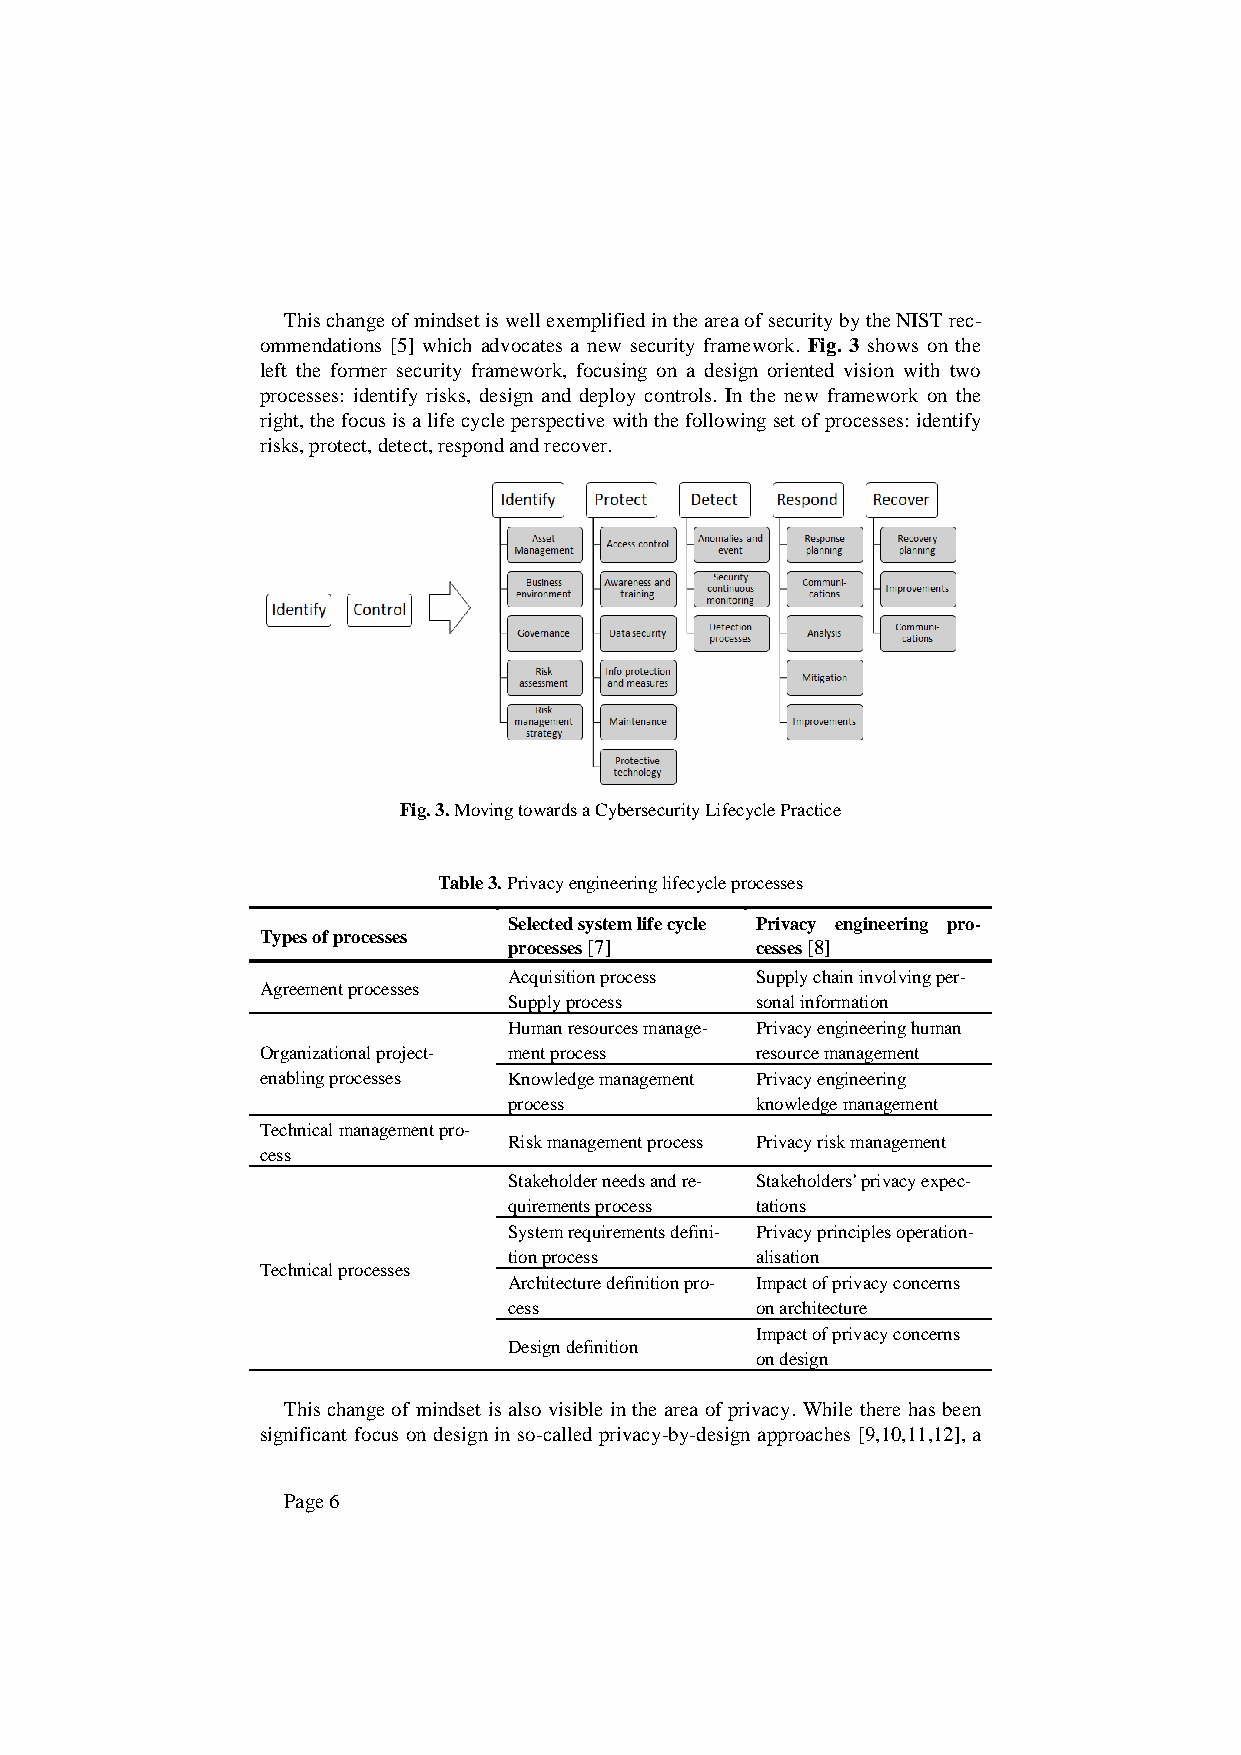
This change of mindset is well exemplified in the area of security by the NIST rec-
 ommendations [5] which advocates a new security framework. Fig. 3 shows on the
 left the former security framework, focusing on a design oriented vision with two
 processes: identify risks, design and deploy controls. In the new framework on the
 right, the focus is a life cycle perspective with the following set of processes: identify
 risks, protect, detect, respond and recover.
 Fig. 3. Moving towards a Cybersecurity Lifecycle Practice
 Table 3. Privacy engineering lifecycle processes
 Selected system life cycle Privacy engineering pro-
 Types of processes
 processes [7]   cesses [8]
 Acquisition process Supply chain involving per-
 Agreement processes
 Supply process  sonal information
 Human resources manage- Privacy engineering human
 Organizational project- ment process resource management
 enabling processes Knowledge management Privacy engineering
 process         knowledge management
 Technical management pro-
 Risk management process Privacy risk management
 cess
 Stakeholder needs and re- Stakeholders' privacy expec-
 quirements process tations
 System requirements defini- Privacy principles operation-
 tion process    alisation
 Technical processes
 Architecture definition pro- Impact of privacy concerns
 cess            on architecture
 Impact of privacy concerns
 Design definition
 on design
 This change of mindset is also visible in the area of privacy. While there has been
 significant focus on design in so-called privacy-by-design approaches [9,10,11,12], a
 Page 6